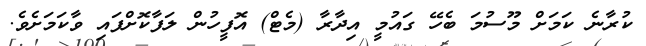
ކުރާނެ ކަމަށް މޫސުމަ ބެހޭ ގައުމީ އިދާރާ (މެޓް) އޮފީހުން ލަފާކޮށްފައި ވާކަމަށެވެ.